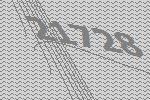
21728